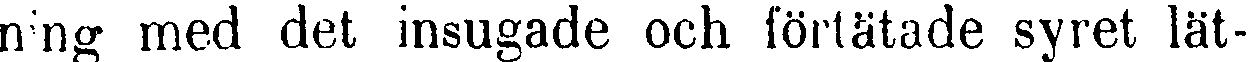
ning med det insugade och förtätade syret lät-